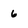
Character: 6